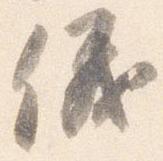
儀